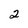
Character: 2